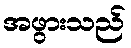
အဖွားသည်